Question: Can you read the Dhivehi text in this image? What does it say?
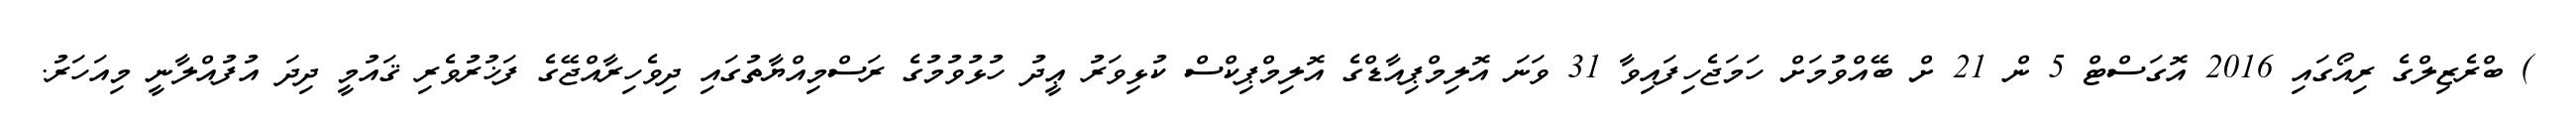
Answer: ) ބްރެޒިލްގެ ރިއޯގައި 2016 އޮގަސްޓް 5 ން 21 ށް ބޭއްވުމަށް ހަމަޖެހިފައިވާ 31 ވަނަ އޮލިމްޕިއާޑްގެ އޮލިމްޕިކްސް ކުޅިވަރު ޢީދު ހުޅުވުމުގެ ރަސްމިއްޔާތުގައި ދިވެހިރާއްޖޭގެ ފަޚުރުވެރި ޤައުމީ ދިދަ އުފުއްލާނީ މިއަހަރު.